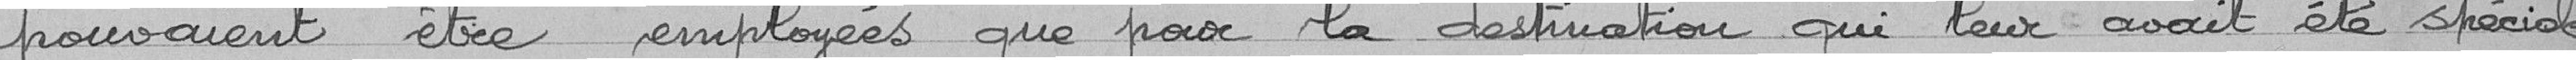
pouvaient être employées que pour la destination qui leur avait été spéciale-